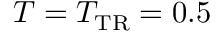
T = T _ { \mathrm { T R } } = 0 . 5